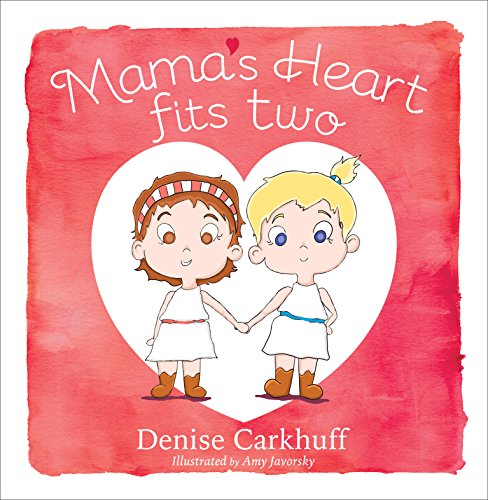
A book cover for Mama's Heart Fits Two; Denise Carkhuff; Parenting & Relationships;